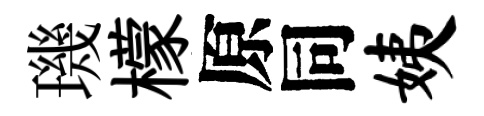
璣檬原同姨